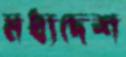
মধ্যদেশ